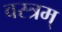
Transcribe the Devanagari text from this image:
वस्त्रम्‌